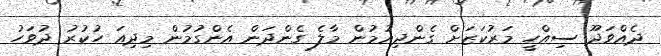
ދެއްވަދޫ ސިއްހީ މަރުކަޒަށް ގެންދިއުމުން މާލެ ގެންދަން އެންގުމުން މިދިއަ ހުކުރު ދުވަހު